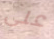
على